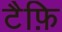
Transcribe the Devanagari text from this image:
टैफ़ि